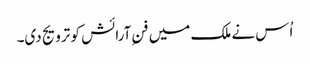
اُس نے ملک میں فنِ آرائش کو ترویج دی۔